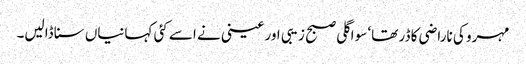
مہرو کی ناراضی کا ڈر تھا‘ سو اگلی صبح زیبی اور عینی نے اسے کئی کہانیاں سنا ڈالیں۔